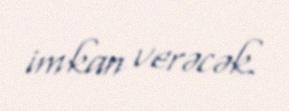
imkan verəcək.